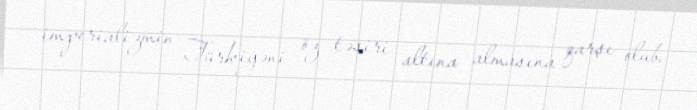
imperializmin Türkiyəni öz təsiri altına almasına qarşı olub.